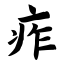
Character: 痄